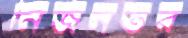
নির্জনতর